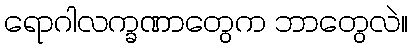
ရောဂါလက္ခဏာတွေက ဘာတွေလဲ။